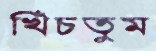
খিঁচতুম